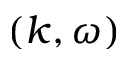
( k , \omega )